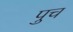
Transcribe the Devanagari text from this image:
पुच